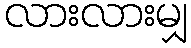
လားလားမျှ